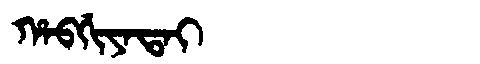
Manchu: ᡥᠠᠪᡤᡳᠶᠠᡨᠠᡳ
Romanization: HABGIYATAI